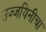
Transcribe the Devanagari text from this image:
उज्जयिनीचा